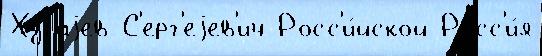
Хугаjев С'ерг'еjев'ич Росс'и́йской Росс'и́я